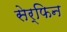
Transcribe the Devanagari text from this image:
सेर्फिन